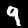
Label: 9